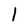
Character: l